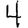
Digit: 4